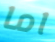
اما